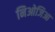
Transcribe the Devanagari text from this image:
निओजिआ